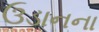
ઉડાનના